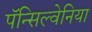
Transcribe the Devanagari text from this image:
पॅन्सिल्वेनिया